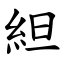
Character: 䋎